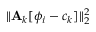
\lVert { \bf A } _ { k } [ \phi _ { i } - c _ { k } ] \rVert _ { 2 } ^ { 2 }